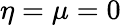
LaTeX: \eta=\mu=0